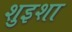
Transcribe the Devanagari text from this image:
शुइशा